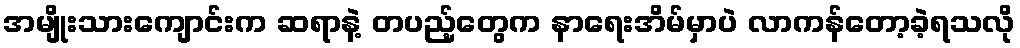
အမျိုးသားကျောင်းက ဆရာနဲ့ တပည့်တွေက နာရေးအိမ်မှာပဲ လာကန်တော့ခဲ့ရသလို